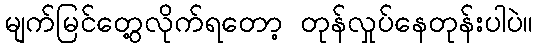
မျက်မြင်တွေ့လိုက်ရတော့ တုန်လှုပ်နေတုန်းပါပဲ။